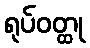
ရုပ်ဝတ္ထု